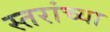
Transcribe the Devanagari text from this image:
स्तरांच्या